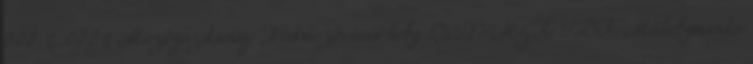
000 2. 0002 Mezőgazdasági Hódmezővásárhely SZTE MGK TDK Műhelymunka